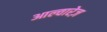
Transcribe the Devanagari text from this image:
आल्वारेज़